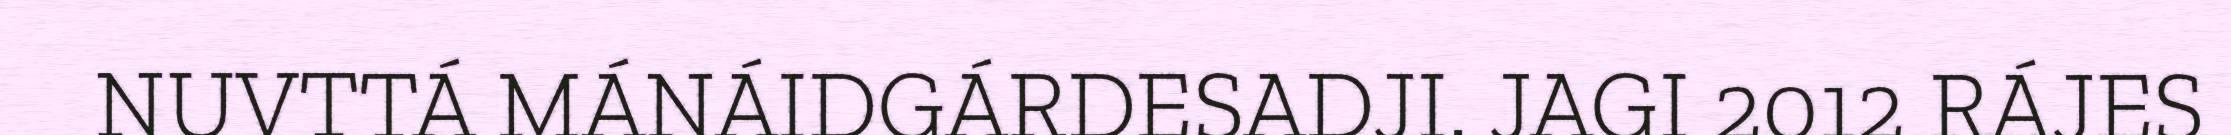
NUVTTÁ MÁNÁIDGÁRDESADJI. JAGI 2012 RÁJES